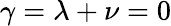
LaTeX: \gamma=\lambda+\nu=0